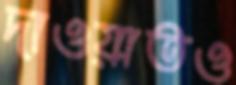
দাওয়াতও